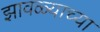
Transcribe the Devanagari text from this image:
झावळ्याच्या